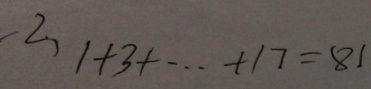
( 2 ) 1 + 3 + \cdots + 1 7 = 8 1